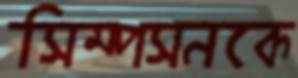
সিম্পসনকে